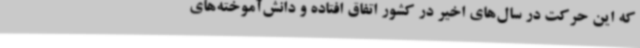
که این حرکت در سال‌های اخیر در کشور اتفاق افتاده و دانش‌آموخته‌های